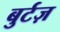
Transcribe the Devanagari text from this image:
बुर्टज़